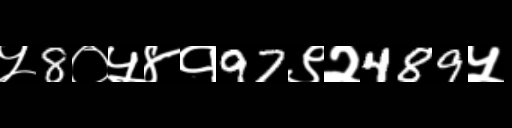
Text: ५8०५४१97९२489५